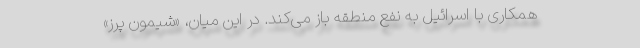
همکاری با اسرائیل به نفع منطقه باز می‌کند. در این میان، «شیمون پرز»